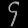
Digit: ၄